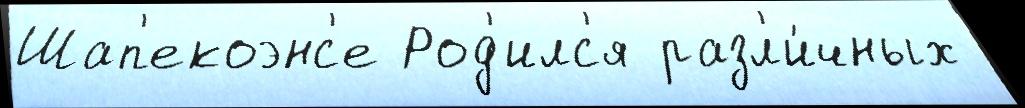
Шап'екоэнс'е Род'илс'я разл'и́чных